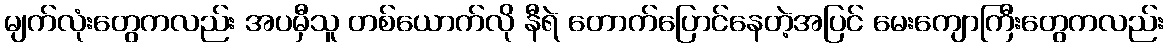
မျက်လုံးတွေကလည်း အပမှီသူ တစ်ယောက်လို နီရဲ တောက်ပြောင်နေတဲ့အပြင် မေးကျောကြီးတွေကလည်း